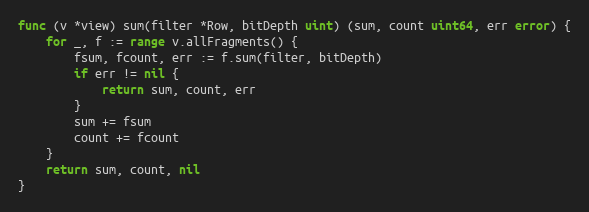
Language: Go
func (v *view) sum(filter *Row, bitDepth uint) (sum, count uint64, err error) {
	for _, f := range v.allFragments() {
		fsum, fcount, err := f.sum(filter, bitDepth)
		if err != nil {
			return sum, count, err
		}
		sum += fsum
		count += fcount
	}
	return sum, count, nil
}